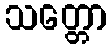
သတ္တော